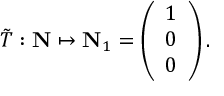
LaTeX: { \tilde { T } } : { \bf N } \mapsto { \bf N } _ { 1 } = \left( \begin{array} { c } { { 1 } } \\ { { 0 } } \\ { { 0 } } \end{array} \right) .